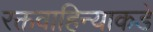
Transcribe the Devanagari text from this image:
रक्तवाहिन्याकडे